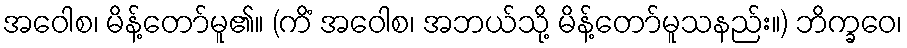
အဝေါစ၊ မိန့်တော်မူ၏။ (ကိံ အဝေါစ၊ အဘယ်သို့ မိန့်တော်မူသနည်း။) ဘိက္ခဝေ၊